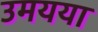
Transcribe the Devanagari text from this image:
उमयया